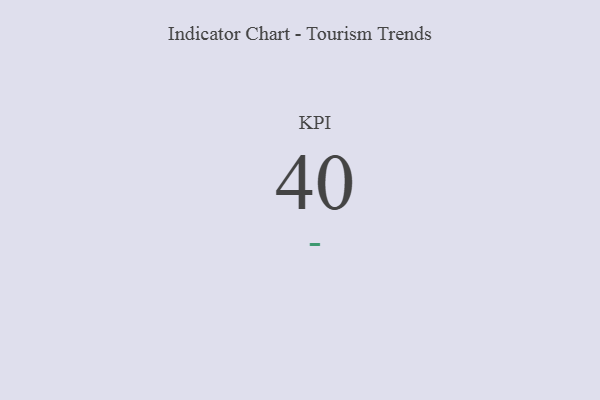
{"axis": {"x": "KPI", "y": "Value"}, "legend": [""], "data": [{"x": "KPI", "y": 40, "type": ""}]}